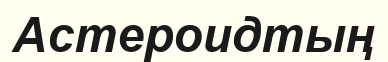
Астероидтың